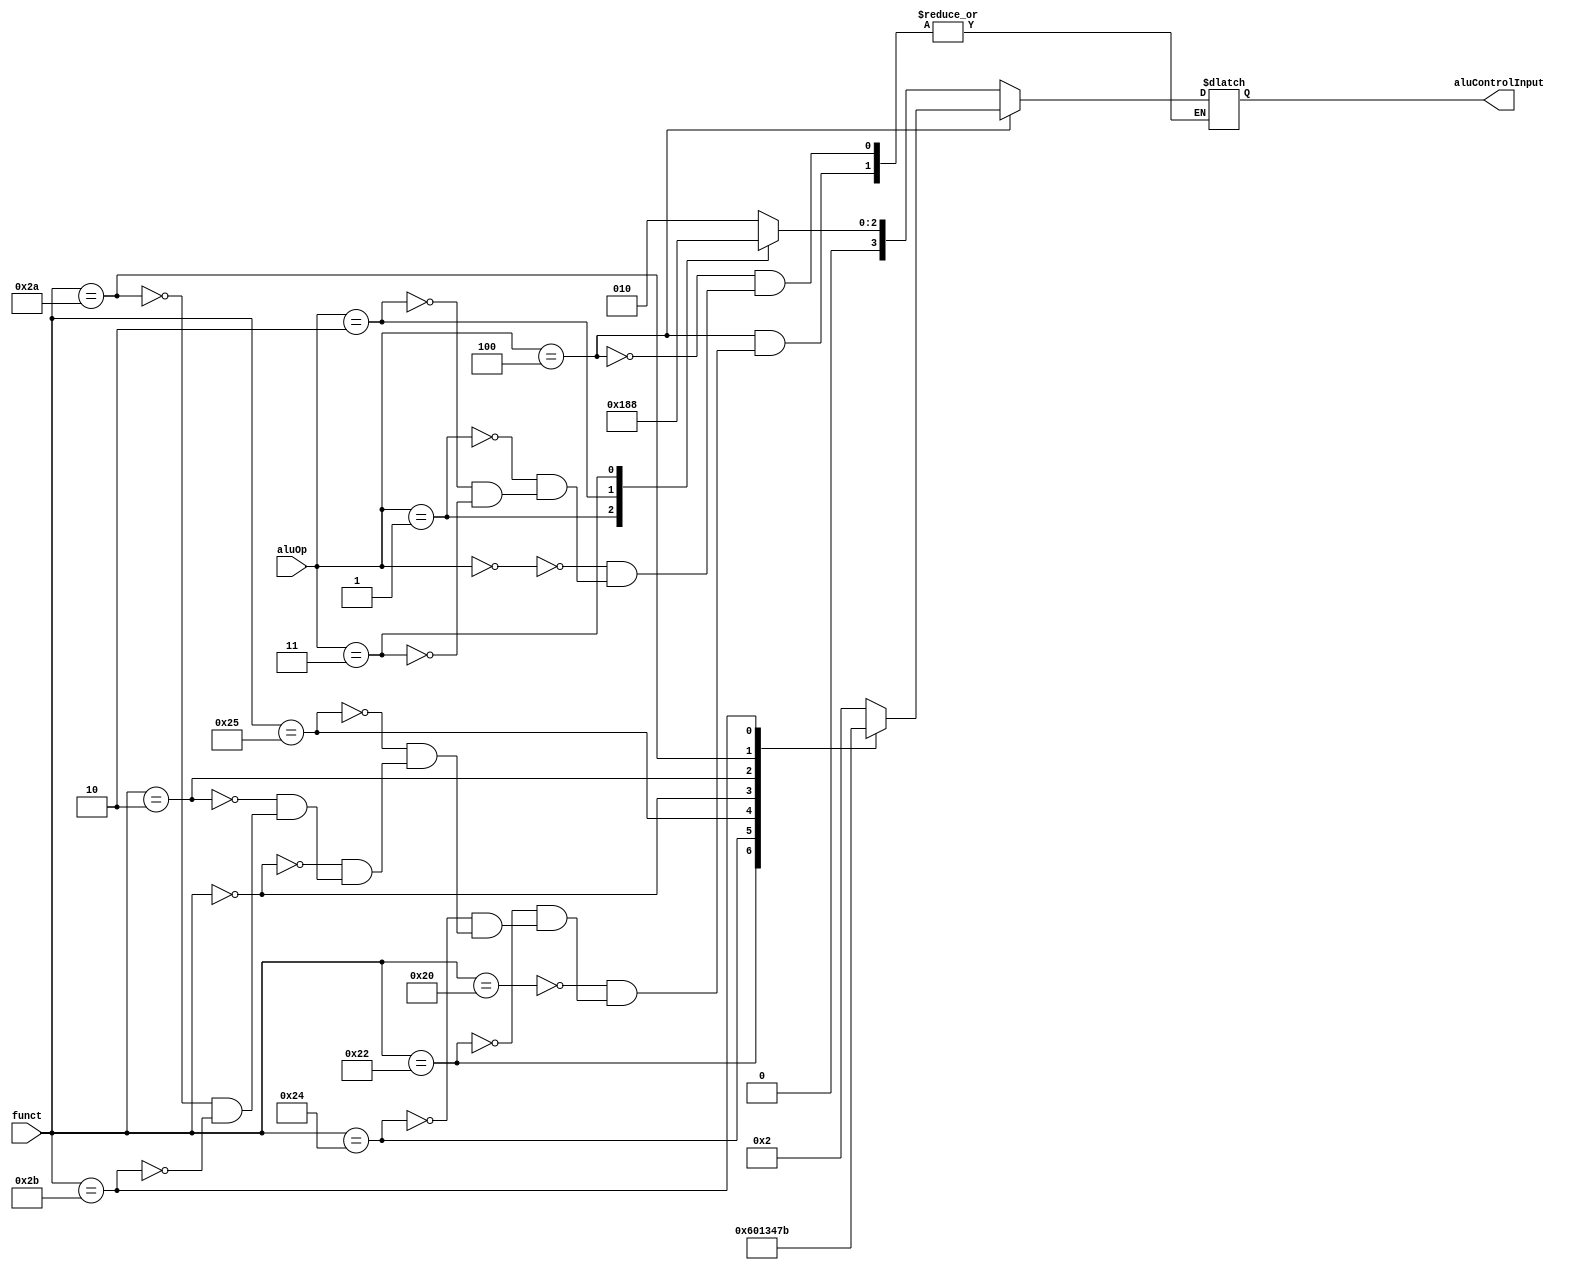
module ALU_Control(aluOp, funct, aluControlInput);

// TODO finalize the codes used for aluOp
input [2:0] aluOp;
input [5:0] funct;

output reg [3:0] aluControlInput;

always @(aluOp, funct)
begin
	// R-type
	if(aluOp == 3'b100)
		begin
			case(funct)
				6'b100000: aluControlInput <= 4'b0010; // add
				6'b100010: aluControlInput <= 4'b0110; // sub
				6'b100100: aluControlInput <= 4'b0000; // and
				6'b100101: aluControlInput <= 4'b0001; // or
				6'b000000: aluControlInput <= 4'b0011; // sll
				6'b000010: aluControlInput <= 4'b0100; // srl
				6'b101010: aluControlInput <= 4'b0111; // slt
				6'b101011: aluControlInput <= 4'b1011; // sltu
			endcase
		end
	// non-R-type
	else
		begin
			case(aluOp)
				3'b000: aluControlInput <= 4'b0010; // sw, lw, addi, lhu, lh
				3'b001: aluControlInput <= 4'b0110; // beq
				3'b010: aluControlInput <= 4'b0001; // ori
				3'b011: aluControlInput <= 4'b0000; // andi
			endcase
		end
end

endmodule